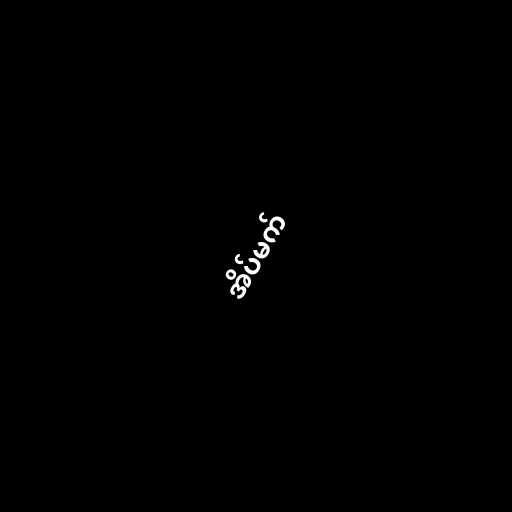
အိပ်မက်